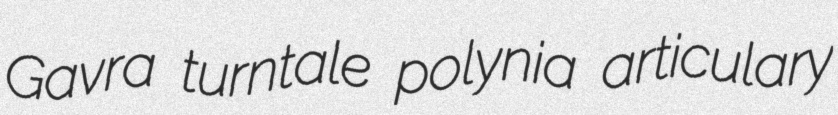
Gavra turntale polynia articulary